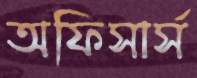
অফিসার্স